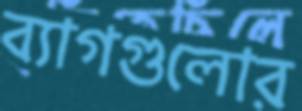
ব্যাগগুলোর